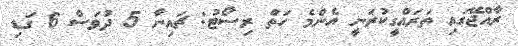
ރާއްޖޭގައި ތަރައްގީކުރަނީ އެންމެ ހަތް ރިސޯޓު: ޗައިނާ 5 ދުވަސް 6 ގަޑި